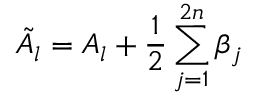
\tilde { A } _ { l } = A _ { l } + \frac { 1 } { 2 } \sum _ { j = 1 } ^ { 2 n } \beta _ { j }